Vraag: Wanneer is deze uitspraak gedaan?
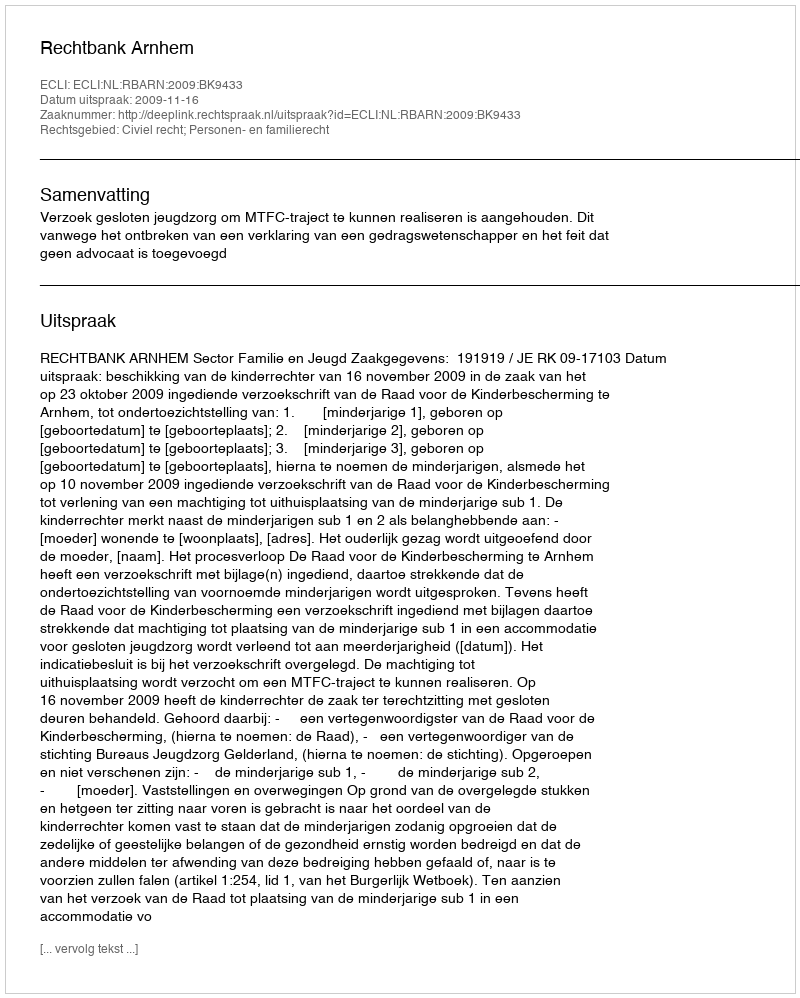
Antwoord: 2009-11-16